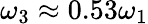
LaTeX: \omega_{3}\approx 0.53\omega_{1}